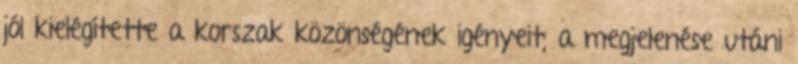
jól kielégítette a korszak közönségének igényeit; a megjelenése utáni